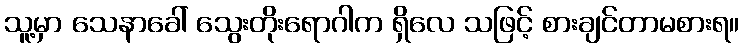
သူ့မှာ သေနာခေါ် သွေးတိုးရောဂါက ရှိလေ သဖြင့် စားချင်တာမစားရ။